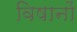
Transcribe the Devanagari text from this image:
विषानों